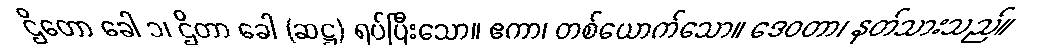
ဌိတော ခေါ ၁၊ ဌိတာ ခေါ (ဆဋ္ဌ) ရပ်ပြီးသော။ ဧကာ၊ တစ်ယောက်သော။ ဒေဝတာ၊ နတ်သားသည်။